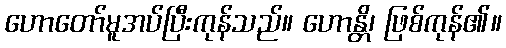
ဟောတော်မူအပ်ပြီးကုန်သည်။ ဟောန္တိ၊ ဖြစ်ကုန်၏။